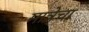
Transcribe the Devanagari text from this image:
मात्रेचा